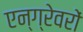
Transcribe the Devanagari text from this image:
एन्ग्रेवरों